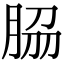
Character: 𦚰